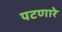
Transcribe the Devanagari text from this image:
पटणारे